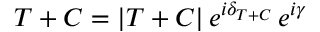
T + C = | T + C | \, e ^ { i \delta _ { T + C } } \, e ^ { i \gamma }